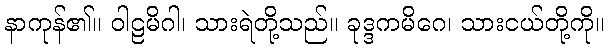
နာကုန်၏။ ဝါဠမိဂါ၊ သားရဲတို့သည်။ ခုဒ္ဒကမိဂေ၊ သားငယ်တို့ကို။